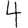
Digit: 4